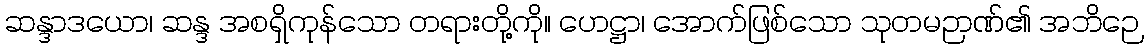
ဆန္ဒာဒယော၊ ဆန္ဒ အစရှိကုန်သော တရားတို့ကို။ ဟေဋ္ဌာ၊ အောက်ဖြစ်သော သုတမဉာဏ်၏ အဘိဉေ